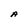
Character: A